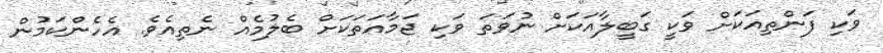
ވަކި ފަންތިއަކަށް ވަކީ ގަބީލާއަކަށް ނުވަތަ ވަކި ޖަމާއަތަކަށް ބެލުމެއް ނެތިއެވެ. އެހެންކަމުން